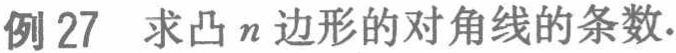
例 27 求凸 \(n\) 边形的对角线的条数.